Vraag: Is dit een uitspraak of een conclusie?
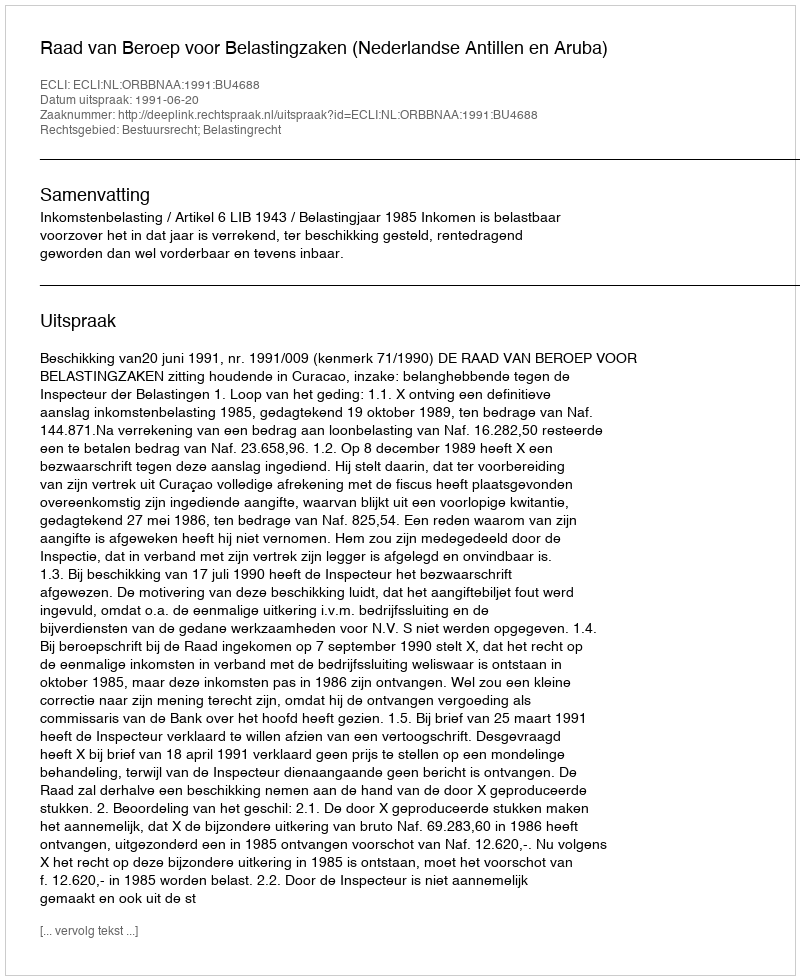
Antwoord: Uitspraak